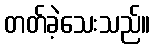
တတ်ခဲ့သေးသည်။